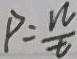
P = \frac { W } { t }